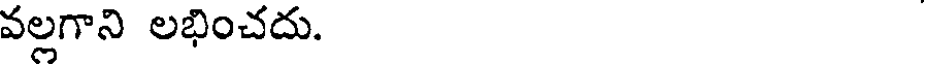
వల్లగాని లభించదు.